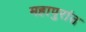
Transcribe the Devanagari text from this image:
महापुरांत